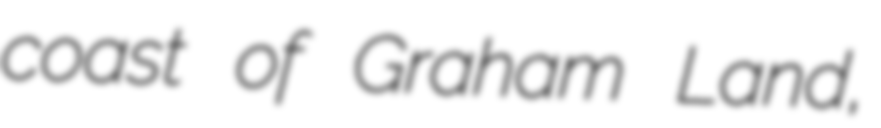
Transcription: coast of Graham Land,